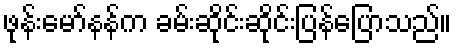
ဖုန်းမော်နန်က ခမ်းဆိုင်းဆိုင်းပြန်ပြောသည်။